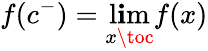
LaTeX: f(c^{-})=\operatorname*{l\mathbf{i}m}_{x\toc}f(x)